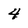
Character: 4